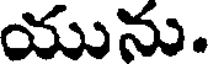
యును.